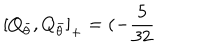
LaTeX: \left[ Q _ { \bar { \theta } } , Q _ { \bar { \theta } } \right] _ { + } = ( - \frac { 5 } { 3 2 }